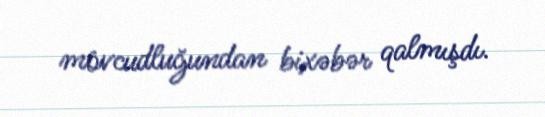
mövcudluğundan bixəbər qalmışdı.